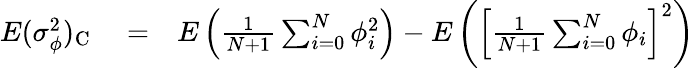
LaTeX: \begin{array}{rlr}{E(\sigma_{\phi}^{2})_{\mathrm C}}&{{}=}&{E\left({\frac{1}{N+1}}\sum_{i=0}^{N}\phi_{i}^{2}\right)-E\left(\left[{\frac{1}{N+1}}\sum_{i=0}^{N}\phi_{i}\right]^{2}\right)}\end{array}